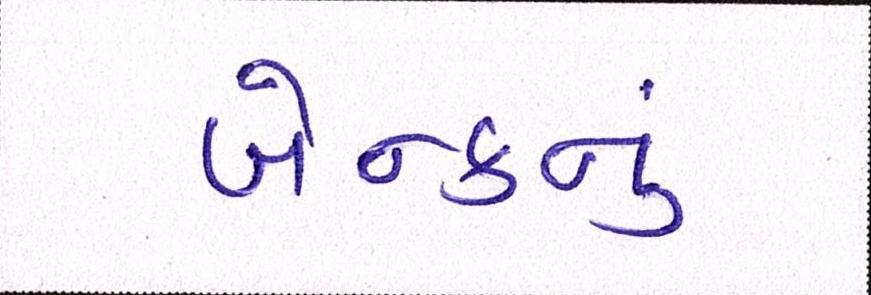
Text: બેન્કનું